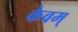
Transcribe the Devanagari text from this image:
केवम्